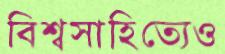
বিশ্বসাহিত্যেও